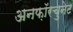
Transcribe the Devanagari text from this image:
अनफ़ॉरचुनेट